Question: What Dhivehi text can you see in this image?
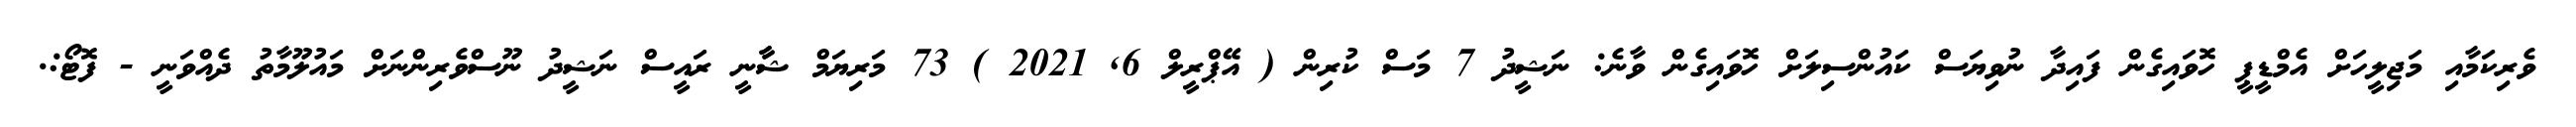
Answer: ވެރިކަމާއި މަޖިލީހަށް އެމްޑީޕީ ހޮވައިގެން ފައިދާ ނުވިޔަސް ކައުންސިލަށް ހޮވައިގެން ވާނެ: ނަޝީދު 7 މަސް ކުރިން ( އޭޕްރީލް 6, 2021 ) 73 މަރިޔަމް ޝާާނީ ރައީސް ނަޝީދު ނޫސްވެރިންނަށް މައުލޫމާތު ދެއްވަނީ - ފޮޓޯ:.